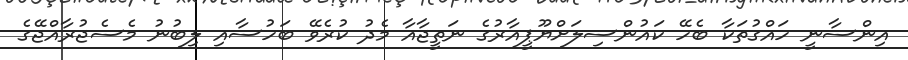
އިންސާނީ ހައްގުތަކާ ބެހޭ ކައުންސިލަށްޔޫޕީއާރުގެ ނަތީޖާއާ މެދު ކުރެވޭ ބަހުސާއި ލިބުނު މެސެޖުރާއްޖޭގެ